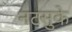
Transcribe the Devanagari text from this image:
नटसुके